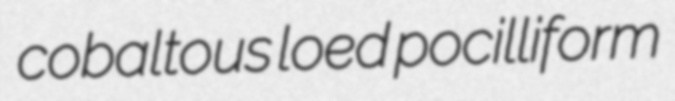
cobaltous loed pocilliform